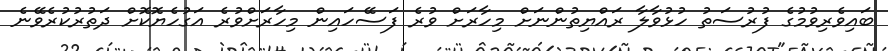
ބައިވެރިވުމުގެ ފުރުސަތު ހުޅުވާލާ ރައްޔިތުންނަށް މިހާރަށް ވުރެ ފަސޭހައިން މިހާރަށްވުރެ އަގުހެޔޮކޮށް ދަތުރުކުރެވޭނެ